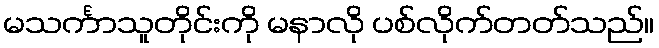
မသင်္ကာသူတိုင်းကို မနာလို ပစ်လိုက်တတ်သည်။